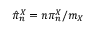
\hat { \pi } _ { n } ^ { X } = n \pi _ { n } ^ { X } / m _ { X }